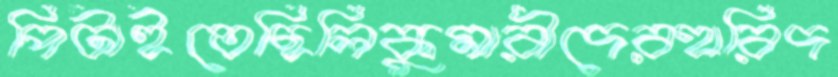
পিটাইতেছিলিকুমারীদেরহারিদ